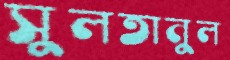
সুলতানুল